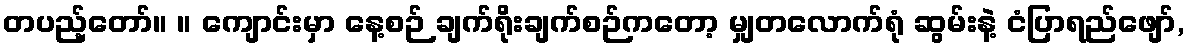
တပည့်တော်။ ။ ကျောင်းမှာ နေ့စဉ် ချက်ရိုးချက်စဉ်ကတော့ မျှတလောက်ရုံ ဆွမ်းနဲ့ ငံပြာရည်ဖျော်,